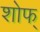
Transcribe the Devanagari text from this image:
शोफ्